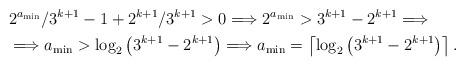
LaTeX: \begin{align*} & 2^{a_{\min }}/3^{k+1}-1+2^{k+1}/3^{k+1}>0\Longrightarrow 2^{a_{\min}}>3^{k+1}-2^{k+1}\Longrightarrow\\&\Longrightarrow a_{\min }>\log _{2}\left(3^{k+1}-2^{k+1}\right) \Longrightarrow a_{\min }=\left\lceil \log _{2}\left(3^{k+1}-2^{k+1}\right) \right\rceil. \end{align*}